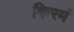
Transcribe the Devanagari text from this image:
किरमं